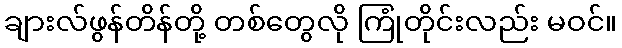
ချားလ်ဖွန်တိန်တို့ တစ်တွေလို ကြုံတိုင်းလည်း မဝင်။